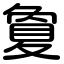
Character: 夐